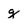
Character: g